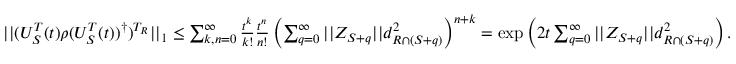
\begin{array} { r l } & { | | ( U _ { S } ^ { T } ( t ) \rho ( U _ { S } ^ { T } ( t ) ) ^ { \dagger } ) ^ { T _ { R } } | | _ { 1 } \leq \sum _ { k , n = 0 } ^ { \infty } \frac { t ^ { k } } { k ! } \frac { t ^ { n } } { n ! } \left( \sum _ { q = 0 } ^ { \infty } | | Z _ { S + q } | | d _ { R \cap ( S + q ) } ^ { 2 } \right) ^ { n + k } = \exp \left( 2 t \sum _ { q = 0 } ^ { \infty } | | Z _ { S + q } | | d _ { R \cap ( S + q ) } ^ { 2 } \right) . } \end{array}